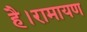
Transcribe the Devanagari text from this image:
है।रामायण